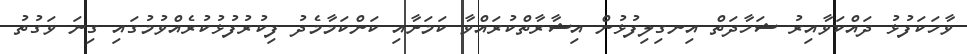
ވާހަކަފުޅު ދައްކަވާއިރު ޝަހާދަތް އިނގިލިފުޅުން އިޝާރާތްކުރައްވާ ކަމަށާއި ކަންކަމާމެދު ފިކުރުފުޅުކުރެއްވުމުގައި ގިނަ ވަގުތު